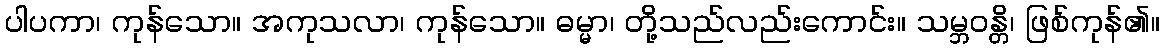
ပါပကာ၊ ကုန်သော။ အကုသလာ၊ ကုန်သော။ ဓမ္မာ၊ တို့သည်လည်းကောင်း။ သမ္ဘဝန္တိ၊ ဖြစ်ကုန်၏။